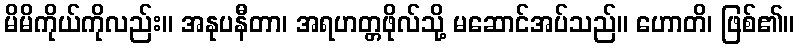
မိမိကိုယ်ကိုလည်း။ အနုပနီတာ၊ အရဟတ္တဖိုလ်သို့ မဆောင်အပ်သည်။ ဟောတိ၊ ဖြစ်၏။